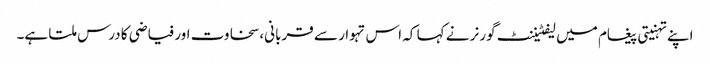
اپنے تہنیتی پیغام میں لیفٹیننٹ گورنر نے کہا کہ اس تہوار سے قربانی، سخاوت اور فیاضی کا درس ملتا ہے۔